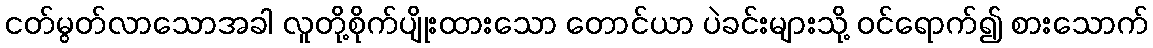
ငတ်မွတ်လာသောအခါ လူတို့စိုက်ပျိုးထားသော တောင်ယာ ပဲခင်းများသို့ ဝင်ရောက်၍ စားသောက်